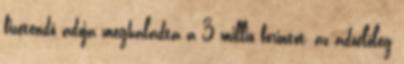
fizetendő adója meghaladta a 3 millió forintot, az adóelőleg